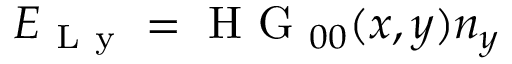
\boldsymbol { E } _ { \mathrm { ~ L ~ y ~ } } = \mathrm { ~ H ~ G ~ } _ { 0 0 } ( x , y ) \boldsymbol { n } _ { y }